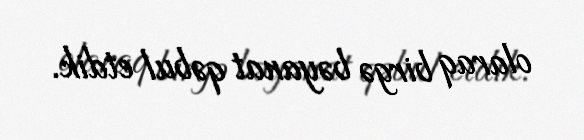
olaraq birgə bəyanat qəbul etdik.